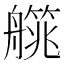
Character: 艞